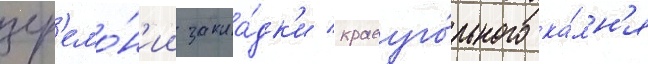
цер'емо́н'ии закла́дк'и краеуго́льного ка́мн'я